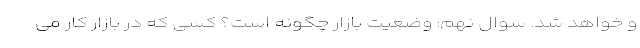
و خواهد شد. سوال نهم: وضعیت بازار چگونه است؟ کسی که در بازار کار می